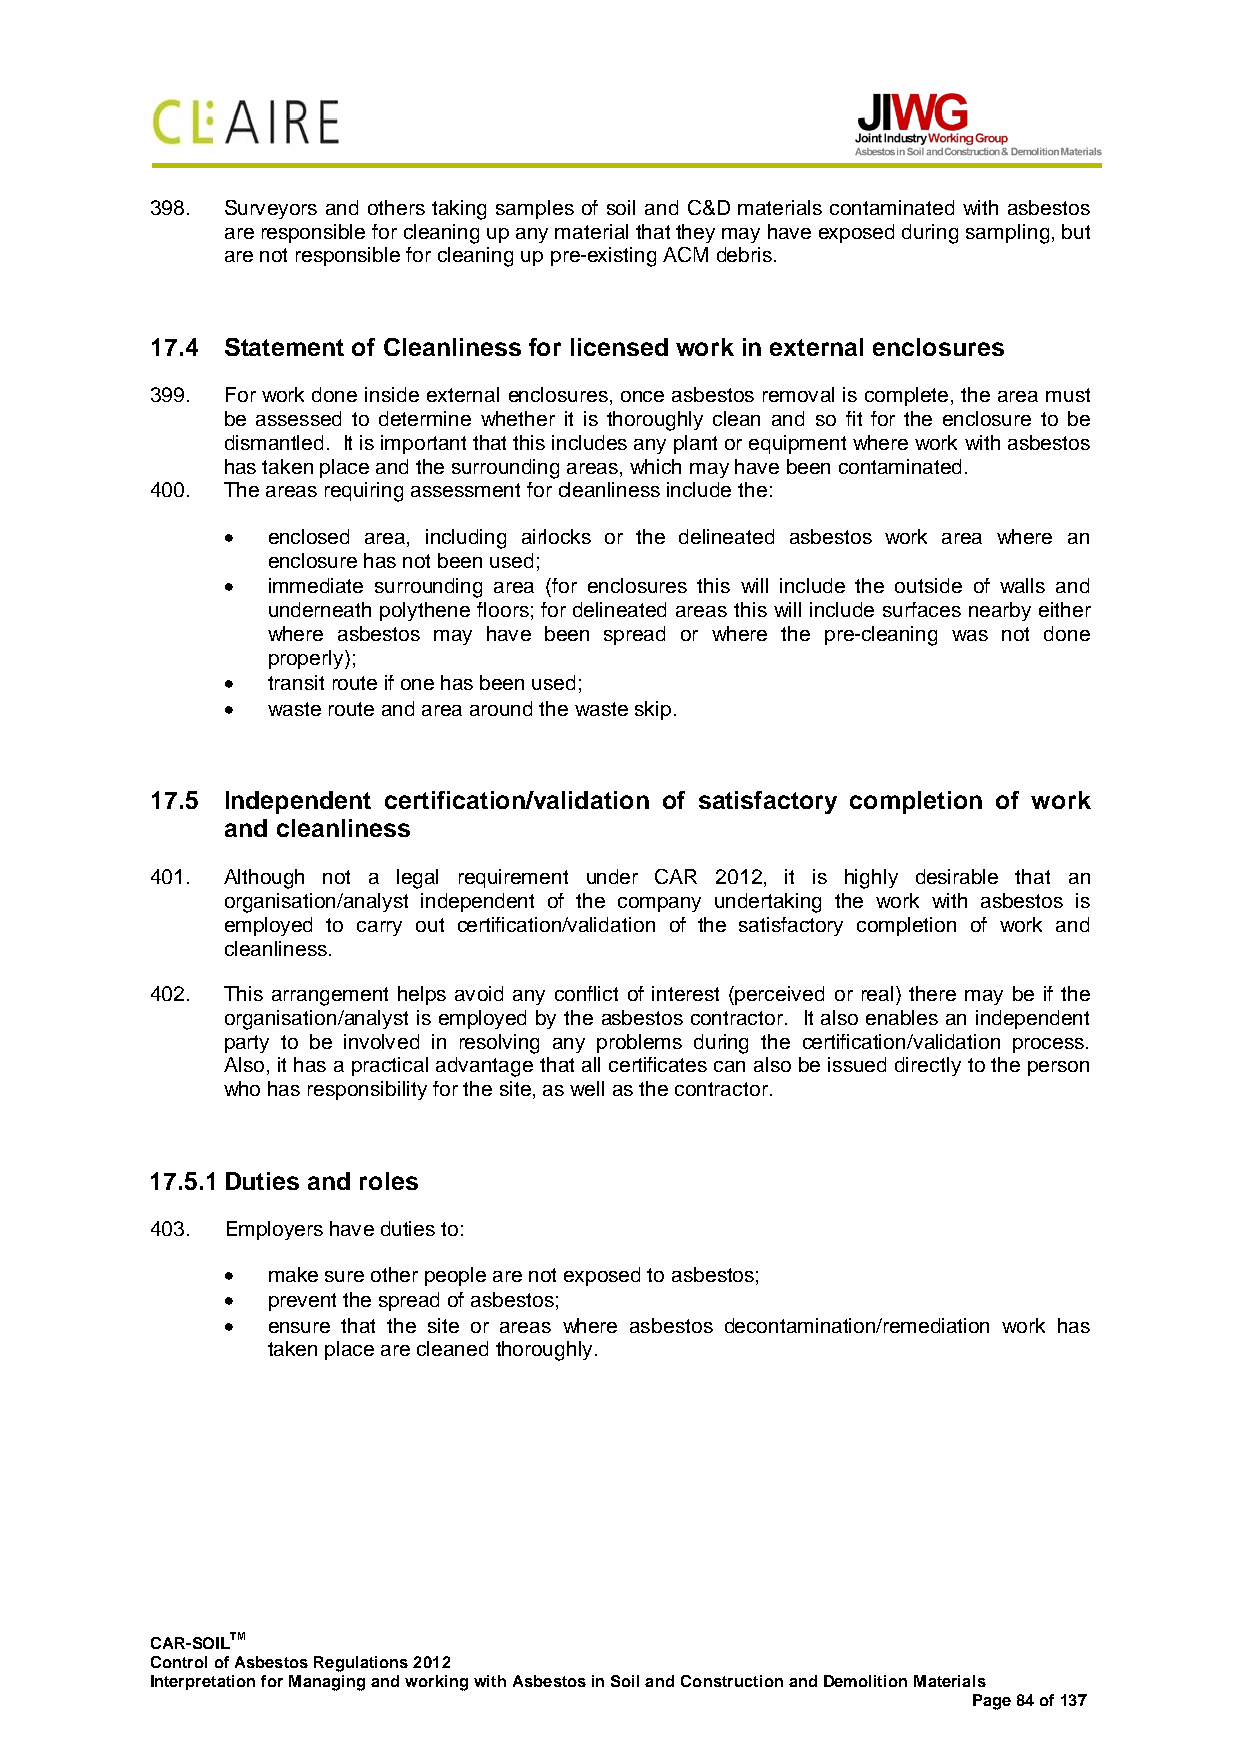
398. Surveyors and others taking samples of soil and C&D materials contaminated with asbestos
 are responsible for cleaning up any material that they may have exposed during sampling, but
 are not responsible for cleaning up pre-existing ACM debris.
 17.4 Statement of Cleanliness for licensed work in external enclosures
 399. For work done inside external enclosures, once asbestos removal is complete, the area must
 be assessed to determine whether it is thoroughly clean and so fit for the enclosure to be
 dismantled. It is important that this includes any plant or equipment where work with asbestos
 has taken place and the surrounding areas, which may have been contaminated.
 400. The areas requiring assessment for cleanliness include the:
 •  enclosed area, including airlocks or the delineated asbestos work area where an
 enclosure has not been used;
 •  immediate surrounding area (for enclosures this will include the outside of walls and
 underneath polythene floors; for delineated areas this will include surfaces nearby either
 where asbestos may have been spread or where the pre-cleaning was not done
 properly);
 •  transit route if one has been used;
 •  waste route and area around the waste skip.
 17.5 Independent certification/validation of satisfactory completion of work
 and cleanliness
 401. Although not a legal requirement under CAR 2012, it is highly desirable that an
 organisation/analyst independent of the company undertaking the work with asbestos is
 employed to carry out certification/validation of the satisfactory completion of work and
 cleanliness.
 402. This arrangement helps avoid any conflict of interest (perceived or real) there may be if the
 organisation/analyst is employed by the asbestos contractor. It also enables an independent
 party to be involved in resolving any problems during the certification/validation process.
 Also, it has a practical advantage that all certificates can also be issued directly to the person
 who has responsibility for the site, as well as the contractor.
 17.5.1 Duties and roles
 403. Employers have duties to:
 •  make sure other people are not exposed to asbestos;
 •  prevent the spread of asbestos;
 •  ensure that the site or areas where asbestos decontamination/remediation work has
 taken place are cleaned thoroughly.
 CAR-SOILTM
 Control of Asbestos Regulations 2012
 Interpretation for Managing and working with Asbestos in Soil and Construction and Demolition Materials
 Page 84 of 137